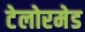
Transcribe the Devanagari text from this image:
टेलोरमेड